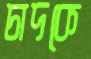
চাদকে